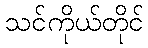
သင်ကိုယ်တိုင်